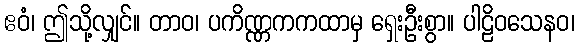
ဧဝံ၊ ဤသို့လျှင်။ တာဝ၊ ပကိဏ္ဏကကထာမှ ရှေးဦးစွာ။ ပါဠိဝသေနဝ၊